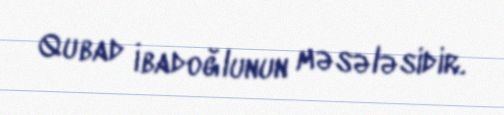
Qubad İbadoğlunun məsələsidir.